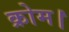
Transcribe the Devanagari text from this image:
क्रोम।